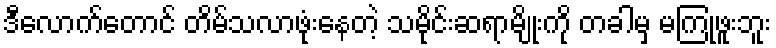
ဒီလောက်တောင် တိမ်သလာဖုံးနေတဲ့ သမိုင်းဆရာမျိုးကို တခါမှ မကြုံဖူးဘူး